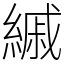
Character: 縬